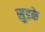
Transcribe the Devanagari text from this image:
सुडके